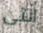
انتى